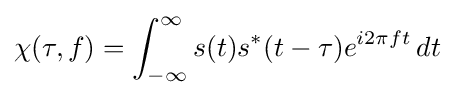
\chi (\tau ,f)=\int _{-\infty }^{\infty }s(t)s^{*}(t-\tau )e^{i2\pi ft}\,dt